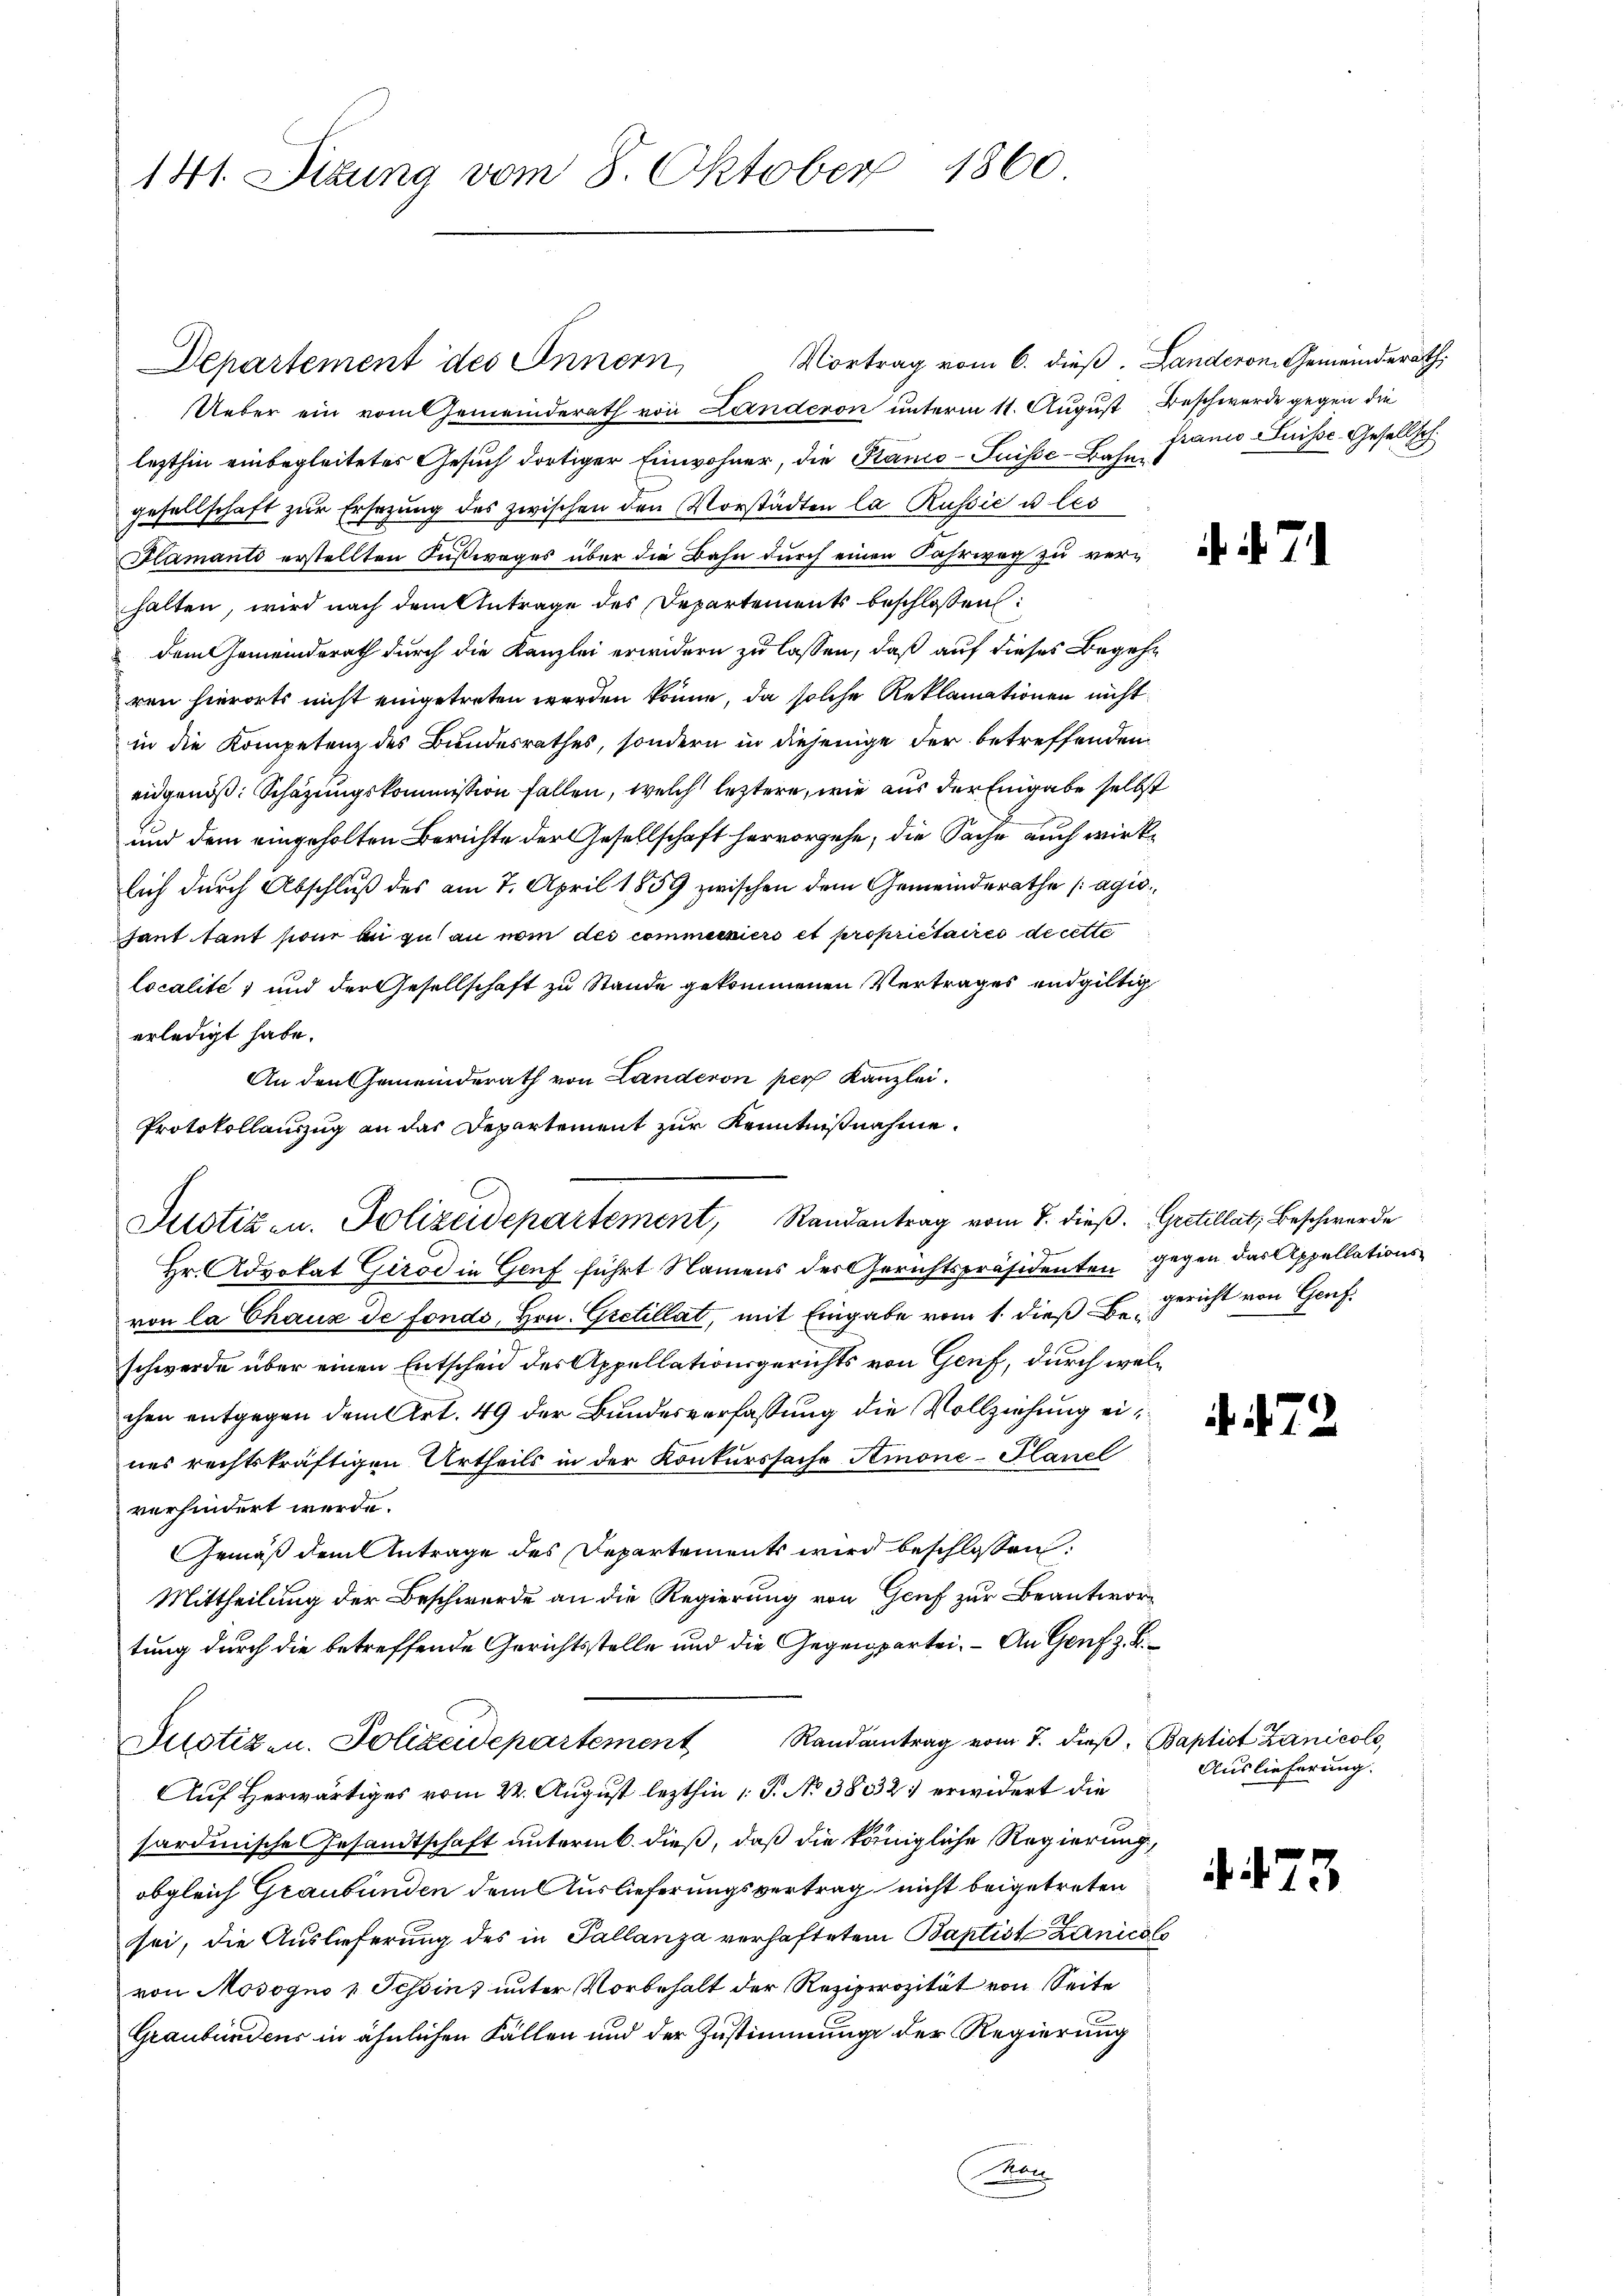
141. Situng vom 8. Oktober 1860

Vortrag vom 6. dieß. Landeron Gemeinderath,
Ueber ein vom Gemeinderath von Landeron unterm 11. August Beschwerde gegen die
lezthin einbegleitetes Gesuch dortiger Einwohner, die Kanco-Suisse-Bahn Franco Suisse Gesellsch
gesellschaft zŭr Ersezung des zwischen den Vorstädten la Russić u les
Alamanti erstellten Fußweges über die Bahn durch einen Fahrweg zu verhalten, wird nach dem Antrage des Departements beschlossen:
dem Gemeinderath durch die Kanzlei erwidern zu lassen, daß auf dieses Begehren hierorts nicht eingetreten werden könne, da solche Reklamationen nicht
in die Kompetenz des Bundesrathes, sondern in diejenige der betreffenden
eidgenöß: Schazungskommission fallen, welch leztere, wie aus der Eingabe selbst
und dem eingeholten Berichte der Gesellschaft hervorgehe, die Sache auch wirklich durch Abschluß des am 7. April 1889 zwischen dem Gemeinderathe (agio
hant tant sione an zu an nom des commenziers et propriétaires de cette
localité, und der Gesellschaft zu Stande gekommenen Vertrages endgültig
erledigt habe.
An den Gemeinderath von Landeron per Kanzlei.
Protokollauszug an das Departement zur Kenntnißnahme
Hr. Advokat Girod in Genf führt Namens des Gerichtspräsidenten gegen das Appellationsvon la Chaux de fonds, Hrn. Gretillat, mit Eingabe vom 1. dieß E. Gericht von Genf.
schwerde über einen Entscheid des Appellationsgerichts von Genf, durch welchen entgegen dem Art. 49 der Bundesverfassung die Vollziehung eines rechtskräftigen Urtheils in der Konkurssache Amone-Planel
verhindert werde.
Gemäß dem Antrage des Departements wird beschlossen:
Mittheilung der Beschwerde an die Regierung von Genf zur Beantwortung durch die betreffende Gerichtsstelle und die Gegenpartei. An Genf z. B.
Justiz- u. Polizeidepartement Randantrag vom 7. dieβ. Baptist Zanicolo
Auf Herwärtiges vom 22. August lezthin 1 S. No 3832 erwidert die
sardinische Gesandtschaft untermb dieß, daß die königliche Regierung,
obgleich Graubünden dem Auslieferungsvertrag nicht beigetreten
sei, die Auslieferung des in Pallanza verhafteten Baptist Lanicols
von Mosogno 1 Tessin, unter Vorbehalt der Rezipirozität von Seite
Graubündens in ähnlichen Fällen und der Zustimmung der Regierung
Man

Departement des Innern,

Justiz- u. Polizeidepartement, Randantrag vom 8. dieß. Gestellat, Beschwerde

N. 7

. 472.

Auslieferung.

4. 473